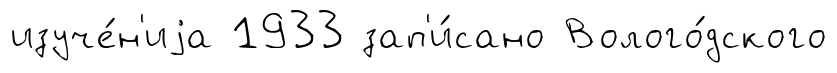
изуче́н'иjа 1933 зап'и́сано Волого́дского